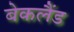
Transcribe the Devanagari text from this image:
बेकलैंड